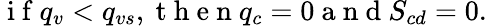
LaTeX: \mathrm{~i~f~}q_{v}<q_{vs},\mathrm{~t~h~e~n~}q_{c}=0\mathrm{~a~n~d~}S_{cd}=0.